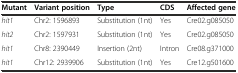
<table><thead><tr><td><b>Mutant</b></td><td><b>Variant position</b></td><td><b>Type</b></td><td><b>CDS</b></td><td><b>Affected gene</b></td></tr></thead><tbody><tr><td><i>hit1</i></td><td>Chr2: 1596893</td><td>Substitution (1nt)</td><td>Yes</td><td>Cre02.g085050</td></tr><tr><td><i>hit2</i></td><td>Chr2: 1597931</td><td>Substitution (1nt)</td><td>Yes</td><td>Cre02.g085050</td></tr><tr><td><i>hit1</i></td><td>Chr8: 2390449</td><td>Insertion (2nt)</td><td>Intron</td><td>Cre08.g371000</td></tr><tr><td><i>hit1</i></td><td>Chr12: 2939906</td><td>Substitution (1nt)</td><td>Yes</td><td>Cre12.g501600</td></tr></tbody></table>